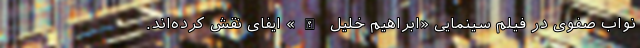
نواب صفوی در فیلم سینمایی «ابراهیم خلیل الله» ایفای نقش کرده‌اند.